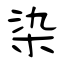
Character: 染